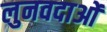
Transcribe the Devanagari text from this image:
लुनवदाओं